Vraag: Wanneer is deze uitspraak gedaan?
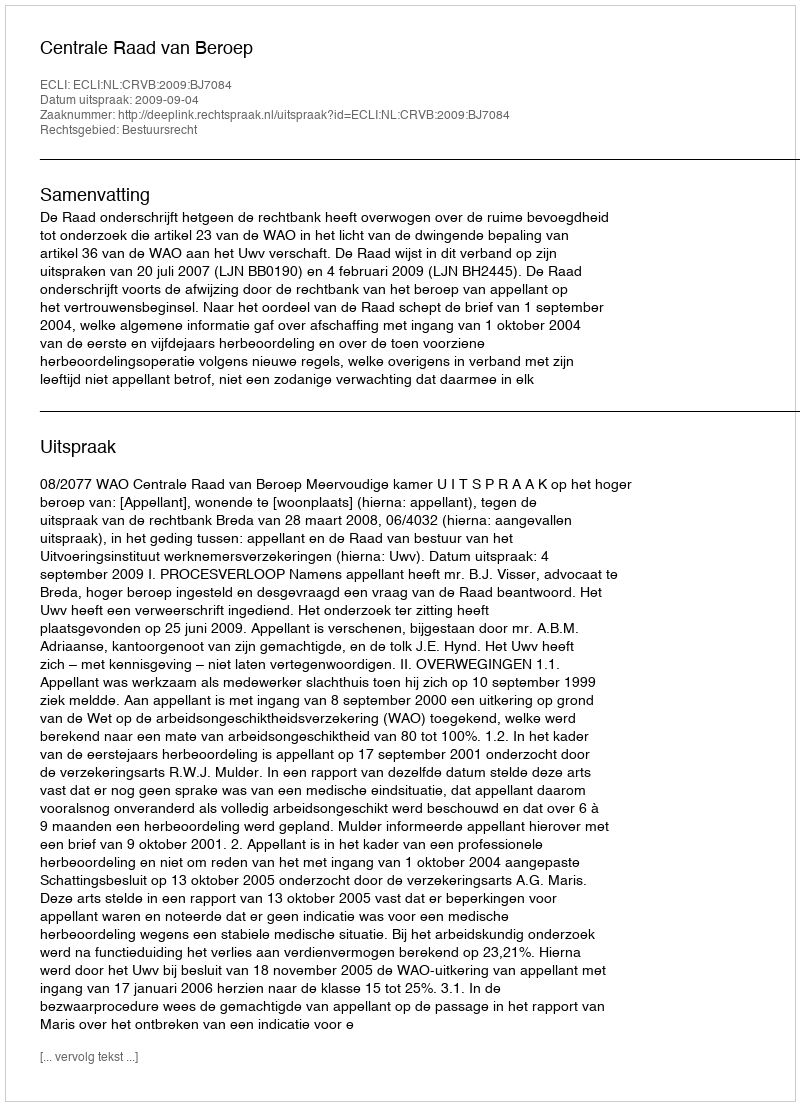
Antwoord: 2009-09-04